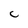
Character: C